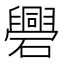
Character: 𥗑